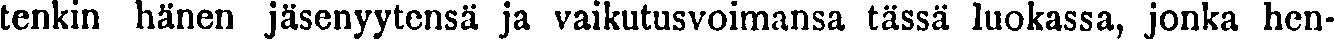
tenkin hänen jäsenyytensä ja vaikutusvoimansa tässä luokassa, jonka hen-